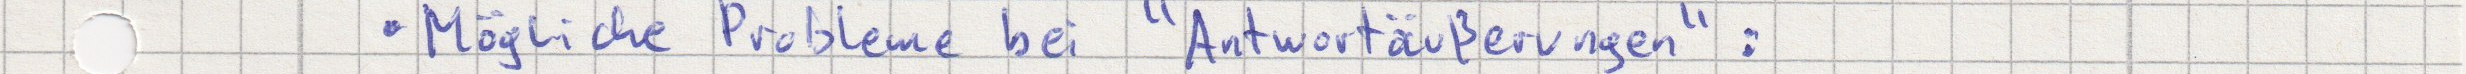
Mögliche Probleme bei "Antwortäußerungen":